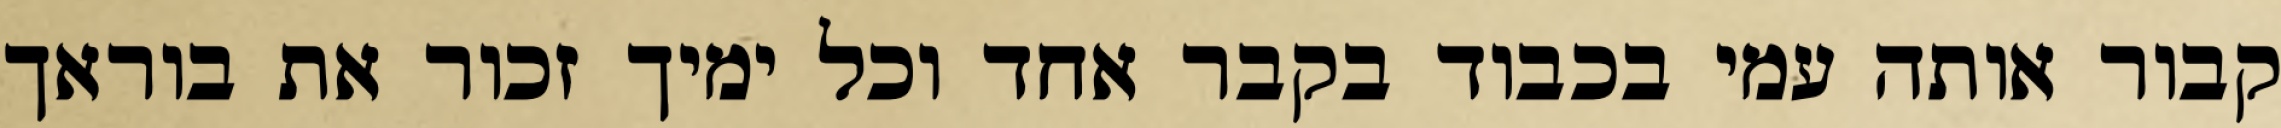
קבור אותה עמי בכבוד בקבר אחד וכל ימיך זכור את בוראך